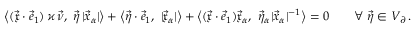
\big \langle ( \vec { \mathfrak { x } } \cdot \vec { e } _ { 1 } ) \, \varkappa \, \vec { \nu } , ~ \vec { \eta } \, | \vec { x } _ { \alpha } | \big \rangle + \big \langle \vec { \eta } \cdot \vec { e } _ { 1 } , ~ | \vec { \mathfrak { x } } _ { \alpha } | \big \rangle + \big \langle ( \vec { \mathfrak { x } } \cdot \vec { e } _ { 1 } ) \vec { \mathfrak { x } } _ { \alpha } , ~ \vec { \eta } _ { \alpha } | \vec { x } _ { \alpha } | ^ { - 1 } \big \rangle = 0 \qquad \forall \ \vec { \eta } \in V _ { \partial } \, .